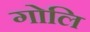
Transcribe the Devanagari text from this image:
गोलि